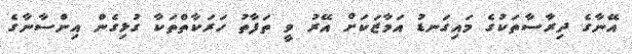
އޭނާގެ ދިރާސާތަކުގެ މައިގަނޑު އަމާޒަކަށް އޭރު ވީ ތަފާތު ހަރަކާތްތަކާ ގުޅިގެން އިންސާނާގެ